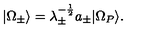
| \Omega _ { \pm } \rangle = \lambda _ { \pm } ^ { - \frac { 1 } { 2 } } a _ { \pm } | \Omega _ { P } \rangle .